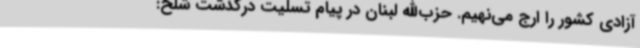
آزادی کشور را ارج می‌نهیم. حزب‌الله لبنان در پیام تسلیت درگذشت شلح: